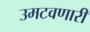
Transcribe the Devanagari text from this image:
उमटवणारी